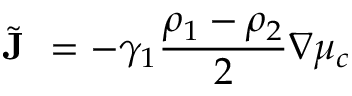
\Tilde { \textbf { J } } = - \gamma _ { 1 } \frac { \rho _ { 1 } - \rho _ { 2 } } { 2 } \nabla \mu _ { c }